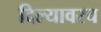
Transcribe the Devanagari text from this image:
दिल्यावरच